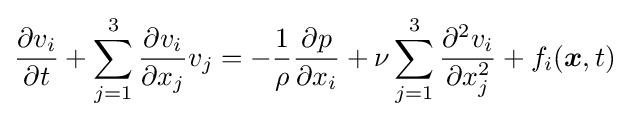
{\frac {\partial v_{i}}{\partial t}}+\sum _{j=1}^{3}{\frac {\partial v_{i}}{\partial x_{j}}}v_{j}=-{\frac {1}{\rho }}{\frac {\partial p}{\partial x_{i}}}+\nu \sum _{j=1}^{3}{\frac {\partial ^{2}v_{i}}{\partial x_{j}^{2}}}+f_{i}({\boldsymbol {x}},t)